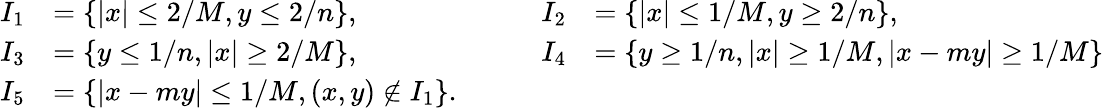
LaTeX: \begin{array}{rlrlrl}{I_{1}}&{=\{ |x|\leq 2/M,y\leq 2/n\} ,}&&{}&{I_{2}}&{=\{ |x|\leq 1/M,y\geq 2/n\} ,}\\ {I_{3}}&{=\{ y\leq 1/n,|x|\geq 2/M\} ,}&&{}&{I_{4}}&{=\{ y\geq 1/n,|x|\geq 1/M,|x-my|\geq 1/M\} }\\ {I_{5}}&{=\{ |x-my|\leq 1/M,(x,y)\notin I_{1}\} .}\end{array}